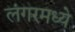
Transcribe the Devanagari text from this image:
लंगरमध्ये